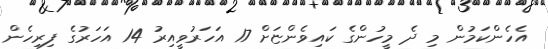
އެހެންކަމުން މި ދެ މީހުންގެ ކައިވެންޏަށް 17 އަހަރުވީއިރު 14 އަހަރުގެ ފިރިހެން